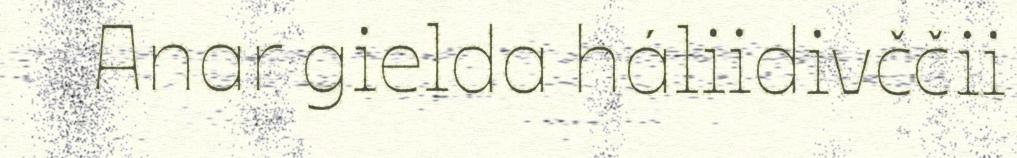
Anar gielda háliidivččii